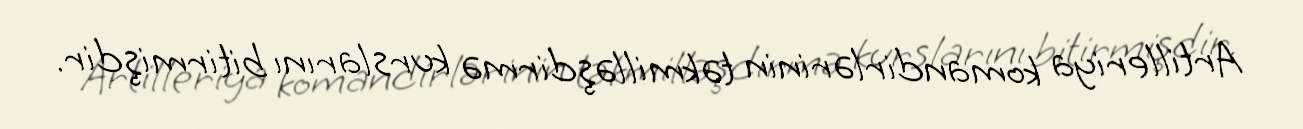
Artilleriya komandirlərinin təkmilləşdirmə kurslarını bitirmişdir.